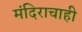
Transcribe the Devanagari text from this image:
मंदिराचाही